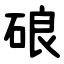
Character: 硠